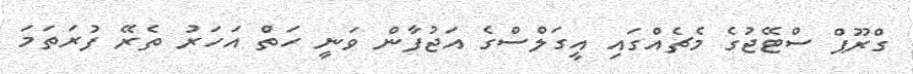
ގްރޫޕް ސްޓޭޖުގެ މެޗެއްގައި އީގަލްސްގެ އަޖުފާން ވަނީ ހަތް އަހަރު ތެރޭ ފުރަތަމަ